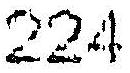
224